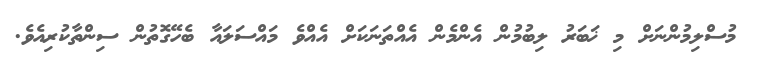
މުސްލިމުންނަށް މި ޚަބަރު ލިބުމުން އެންމެން އެއްތަނަކަށް އެއްވެ މައްސަލައާ ބެހޭގޮތުން ސިންތާކުރިއެވެ.